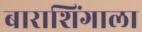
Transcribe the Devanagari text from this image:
बाराशिंगाला